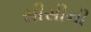
સીસીની